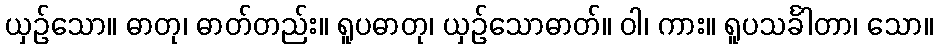
ယှဉ်သော။ ဓာတု၊ ဓာတ်တည်း။ ရူပဓာတု၊ ယှဉ်သောဓာတ်။ ဝါ၊ ကား။ ရူပသင်္ခါတာ၊ သော။